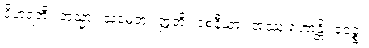
ဝိဟရတိ။ တသ္မာ။ သမေတု။ ဣတိ။ ဝစနီယာ။ အဿု ဟောန္တိ။ ဧဝဉ္စ။